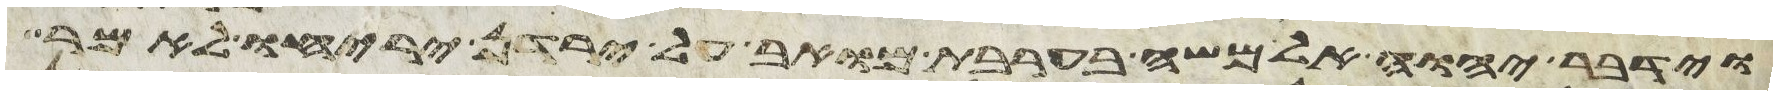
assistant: וידבר יהוה אל משה בערבת מואב על ירדן יריחו לאמר